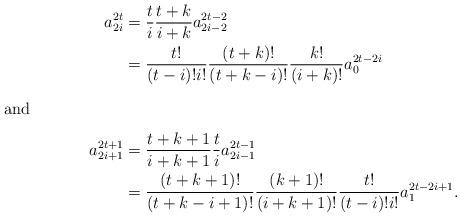
LaTeX: \begin{align*}a_{2i}^{2t} &= \frac{t}{i}\frac{t+k}{i+k}a_{2i-2}^{2t-2} \\&=\frac{t!}{(t-i)!i!}\frac{(t+k)!}{(t+k-i)!}\frac{k!}{(i+k)!}a^{2t-2i}_0\intertext{and}a_{2i+1}^{2t+1} &= \frac{t+k+1}{i+k+1} \frac{t}{i} a_{2i-1}^{2t-1} \\&=\frac{(t+k+1)!}{(t+k-i+1)!}\frac{(k+1)!}{(i+k+1)!}\frac{t!}{(t-i)!i!}a^{2t-2i+1}_1.\end{align*}